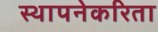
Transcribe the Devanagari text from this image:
स्थापनेकरिता